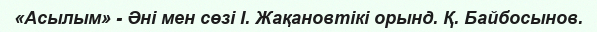
«Асылым» - Әні мен сөзі І. Жақановтікі орынд. Қ. Байбосынов.